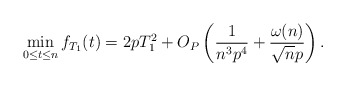
\begin{align*}\min_{0\leq t\leq n}f_{T_1}(t) = 2pT_1^2 + O_P\left( \frac{1}{n^3p^4} +\frac{\omega(n) }{\sqrt{ n}p} \right).\end{align*}